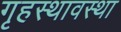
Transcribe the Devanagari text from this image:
गृहस्थावस्था